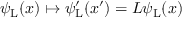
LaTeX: \psi _ { \mathrm { { L } } } ( x ) \mapsto \psi _ { \mathrm { { L } } } ^ { \prime } ( x ^ { \prime } ) = L \psi _ { \mathrm { { L } } } ( x )